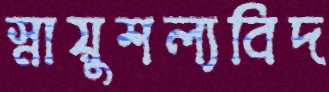
স্নায়ুশল্যবিদ